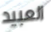
العبيد